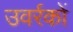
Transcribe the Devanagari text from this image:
उवर्रकों